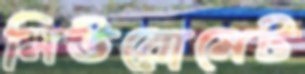
নিউরোমেট